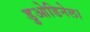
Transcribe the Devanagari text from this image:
डुओडिनेल।